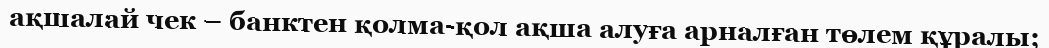
ақшалай чек – банктен қолма-қол ақша алуға арналған төлем құралы;